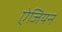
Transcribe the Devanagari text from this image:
ऐजियन